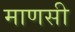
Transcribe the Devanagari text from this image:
माणसी